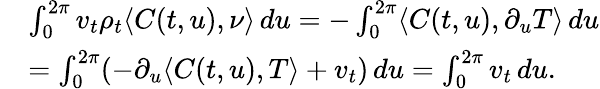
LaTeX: \begin{array}{rl}&{\int_{0}^{2\pi}v_{t}\rho_{t}\langle C(t,u),\nu\rangle\, du=-\int_{0}^{2\pi}\langle C(t,u),\partial_{u}T\rangle\, du}\\ &{=\int_{0}^{2\pi}(-\partial_{u}\langle C(t,u),T\rangle+v_{t})\, du=\int_{0}^{2\pi}v_{t}\, du.}\end{array}